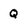
Character: Q